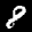
Label: 8